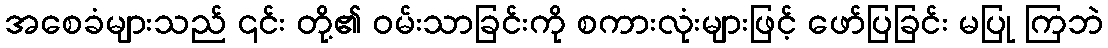
အစေခံများသည် ၎င်း တို့၏ ဝမ်းသာခြင်းကို စကားလုံးများဖြင့် ဖော်ပြခြင်း မပြု ကြဘဲ